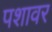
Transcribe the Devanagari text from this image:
पशावर